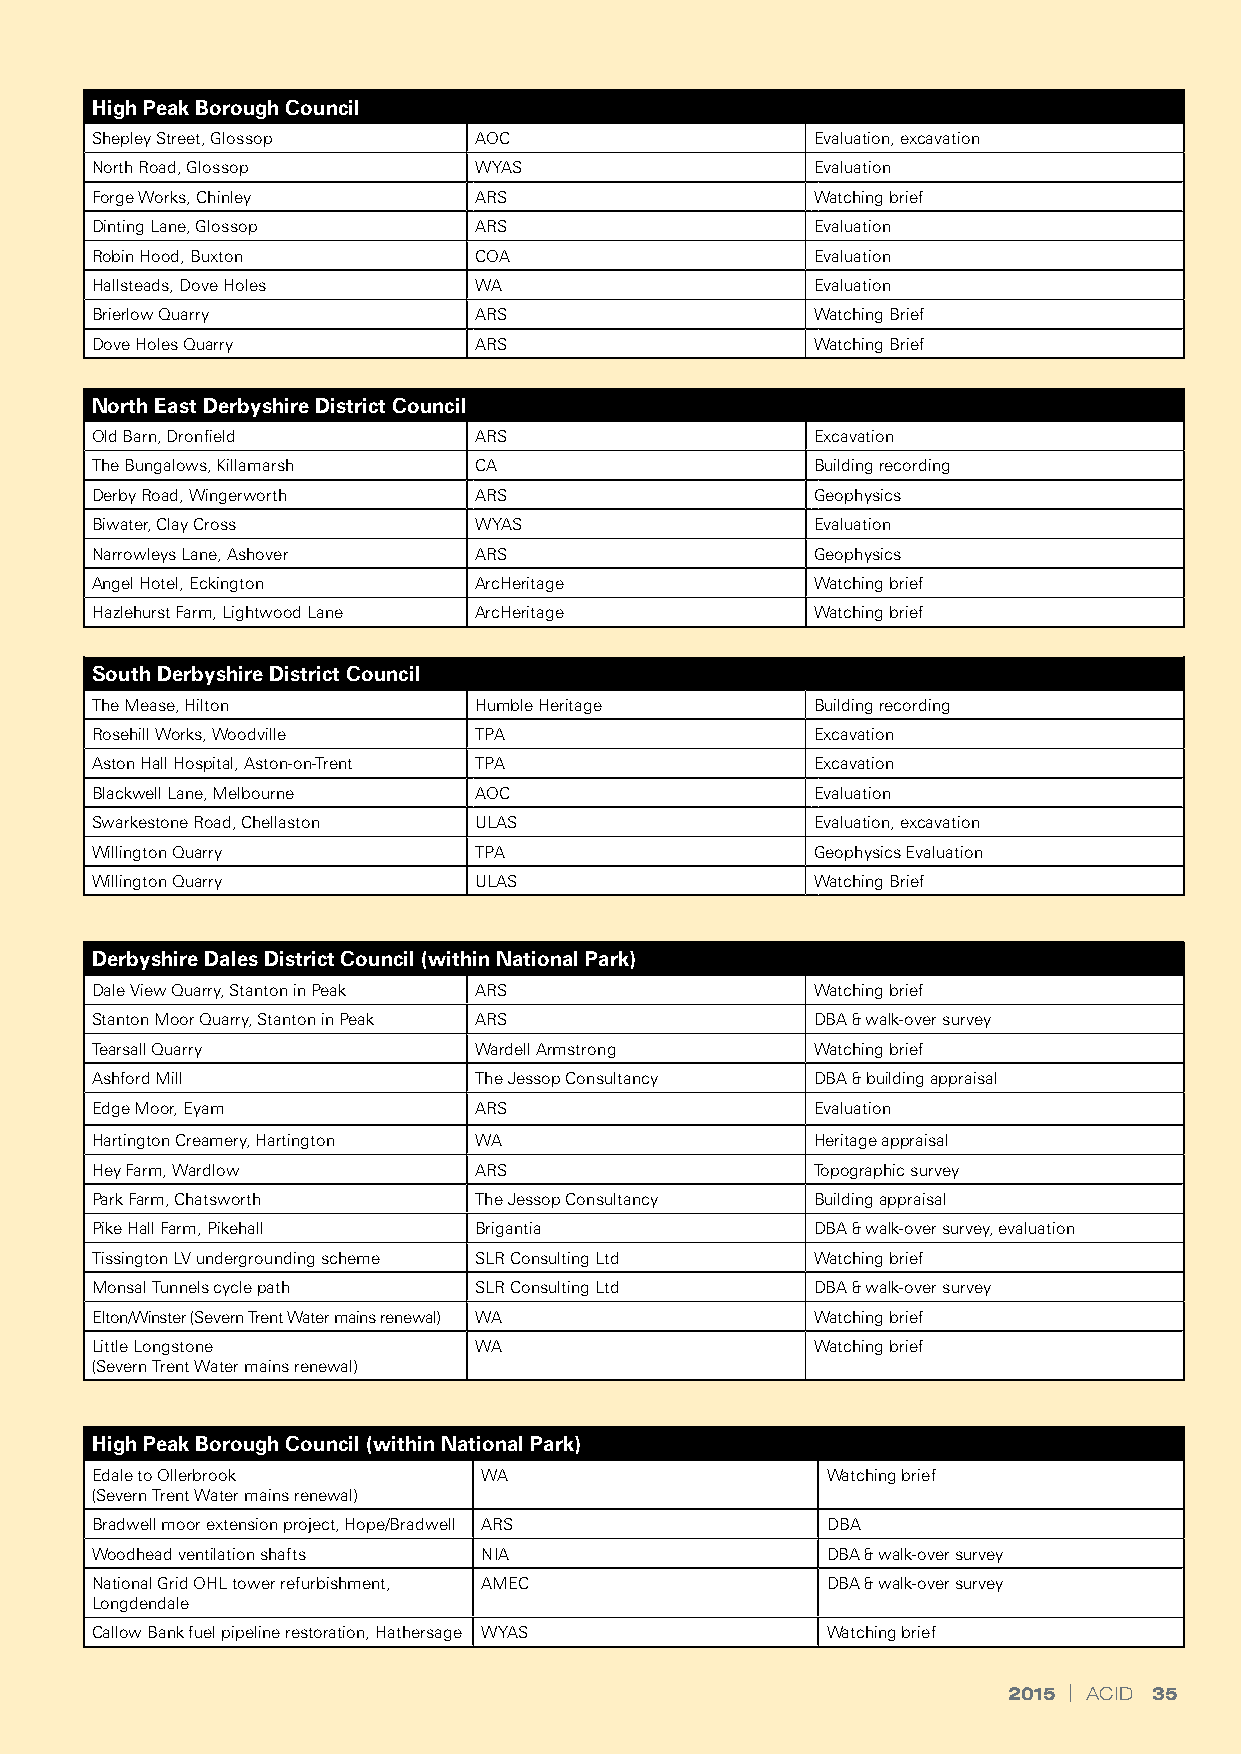
High Peak Borough Council
 Shepley Street, Glossop  AOC                    Evaluation, excavation
 North Road, Glossop      WYAS                   Evaluation
 Forge Works, Chinley     ARS                    Watching brief
 Dinting Lane, Glossop    ARS                    Evaluation
 Robin Hood, Buxton       COA                    Evaluation
 Hallsteads, Dove Holes   WA                     Evaluation
 Brierlow Quarry          ARS                    Watching Brief
 Dove Holes Quarry        ARS                    Watching Brief
 North East Derbyshire District Council
 Old Barn, Dronfield      ARS                    Excavation
 The Bungalows, Killamarsh CA                    Building recording
 Derby Road, Wingerworth  ARS                    Geophysics
 Biwater, Clay Cross      WYAS                   Evaluation
 Narrowleys Lane, Ashover ARS                    Geophysics
 Angel Hotel, Eckington   ArcHeritage            Watching brief
 Hazlehurst Farm, Lightwood Lane ArcHeritage     Watching brief
 South Derbyshire District Council
 The Mease, Hilton        Humble Heritage        Building recording
 Rosehill Works, Woodville TPA                   Excavation
 Aston Hall Hospital, Aston-on-Trent TPA         Excavation
 Blackwell Lane, Melbourne AOC                   Evaluation
 Swarkestone Road, Chellaston ULAS               Evaluation, excavation
 Willington Quarry        TPA                    Geophysics Evaluation
 Willington Quarry        ULAS                   Watching Brief
 Derbyshire Dales District Council (within National Park)
 Dale View Quarry, Stanton in Peak ARS           Watching brief
 Stanton Moor Quarry, Stanton in Peak ARS        DBA & walk-over survey
 Tearsall Quarry          Wardell Armstrong      Watching brief
 Ashford Mill             The Jessop Consultancy DBA & building appraisal
 Edge Moor, Eyam          ARS                    Evaluation
 Hartington Creamery, Hartington WA              Heritage appraisal
 Hey Farm, Wardlow        ARS                    Topographic survey
 Park Farm, Chatsworth    The Jessop Consultancy Building appraisal
 Pike Hall Farm, Pikehall Brigantia              DBA & walk-over survey, evaluation
 Tissington LV undergrounding scheme SLR Consulting Ltd Watching brief
 Monsal Tunnels cycle path SLR Consulting Ltd    DBA & walk-over survey
 Elton/Winster (Severn Trent Water mains renewal) WA Watching brief
 Little Longstone         WA                     Watching brief
 (Severn Trent Water mains renewal)
 High Peak Borough Council (within National Park)
 Edale to Ollerbrook       WA                     Watching brief
 (Severn Trent Water mains renewal)
 Bradwell moor extension project, Hope/Bradwell ARS DBA
 Woodhead ventilation shafts NIA                  DBA & walk-over survey
 National Grid OHL tower refurbishment, AMEC      DBA & walk-over survey
 Longdendale
 Callow Bank fuel pipeline restoration, Hathersage WYAS Watching brief
 2015 | ACID 35